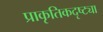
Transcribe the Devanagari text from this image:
प्राकृतिकदृष्ट्या